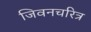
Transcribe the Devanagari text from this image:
जिवनचरित्र